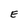
Character: E